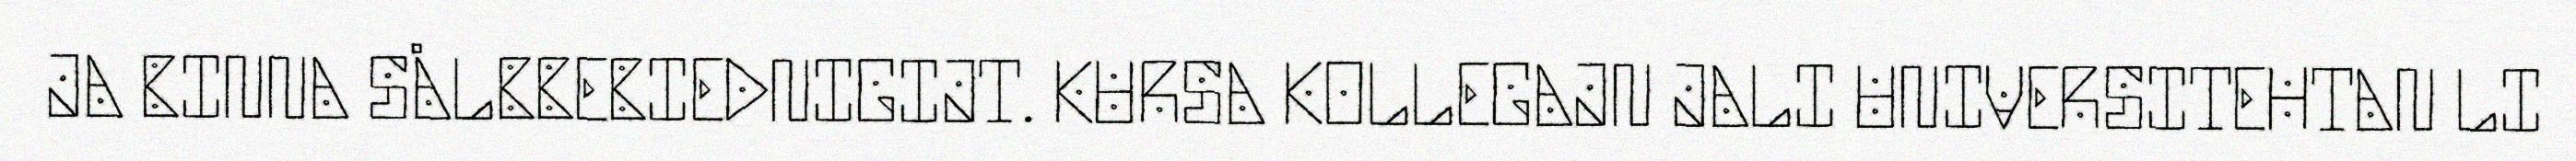
JA BINNA SÅLBBEBIEDNIGIJT. KURSA KOLLEGAJN JALI UNIVERSITEHTAN LI